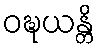
ဝဍ္ဎယန္တိ